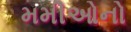
મમીઓનો